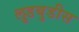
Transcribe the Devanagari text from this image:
लुडबुडीस